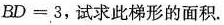
BD = 3,试求此梯形的面积.